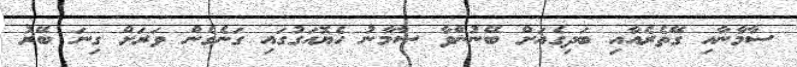
ސާމާނާއި ގޭތެރެއާއި ބަދިގެއަށް ބޭނުންވާ ސާމާނު ހެޔޮއަގުގައި ގަނެގެން ވަރަށް ގިނަ ބޭރު